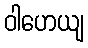
ဝါဟေယျ